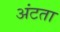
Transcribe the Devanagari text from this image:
अंटता